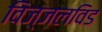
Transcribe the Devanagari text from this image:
विज्जलविड